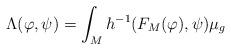
LaTeX: \begin{align*} \Lambda(\varphi, \psi) = \int_M h^{-1}(F_M(\varphi), \psi) \mu_g \end{align*}